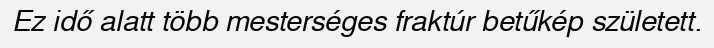
Ez idő alatt több mesterséges fraktúr betűkép született.